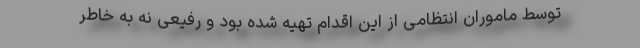
توسط ماموران انتظامی از این اقدام تهیه شده بود و رفیعی نه به خاطر